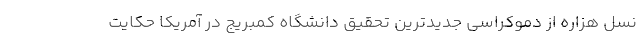
نسل هزاره از دموکراسی جدیدترین تحقیق دانشگاه کمبریج در آمریکا حکایت